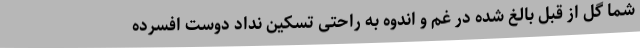
شما گل از قبل بالغ شده در غم و اندوه به راحتی تسکین نداد دوست افسرده